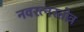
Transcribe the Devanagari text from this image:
नवरत्नस्तोत्र